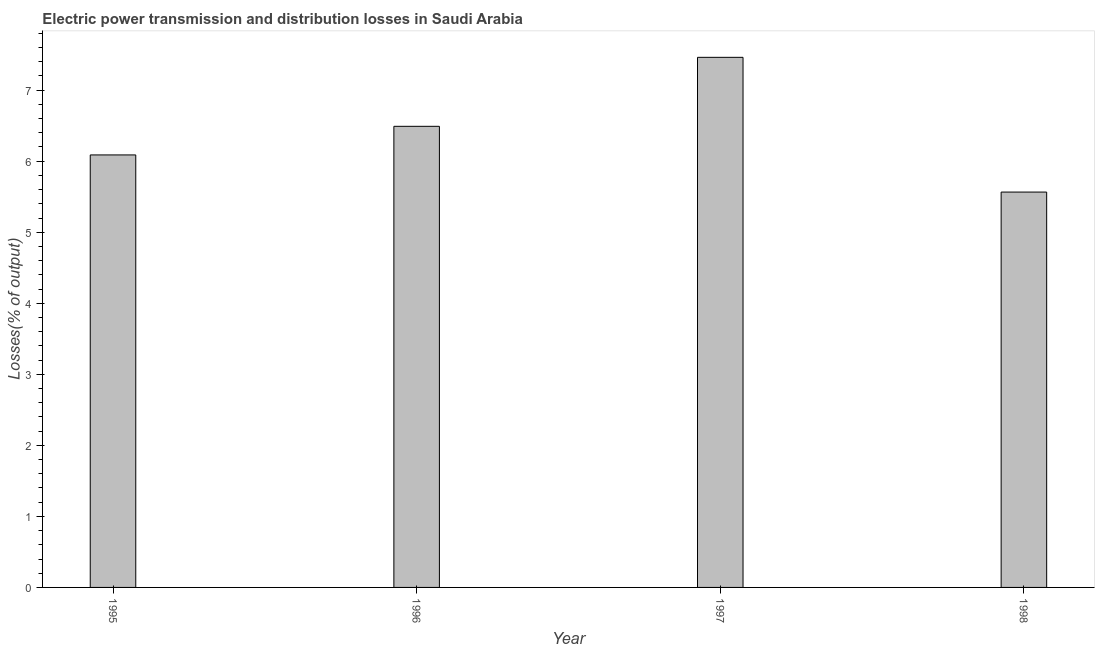
| Year | Electric power transmission and distribution losses |
 | --- | --- |
 | 1995 | 6.09 |
 | 1996 | 6.49 |
 | 1997 | 7.46 |
 | 1998 | 5.57 |